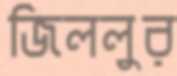
জিললুর